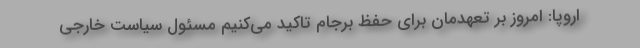
اروپا: امروز بر تعهدمان برای حفظ برجام تاکید می‌کنیم مسئول سیاست خارجی